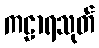
ကဠာရသုတ်